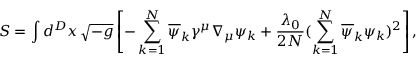
S = \int d ^ { D } x \, \sqrt { - g } \left[ - \sum _ { k = 1 } ^ { N } \overline { { { \psi } } } _ { k } \gamma ^ { \mu } \nabla _ { \mu } \psi _ { k } + \frac { \lambda _ { 0 } } { 2 N } ( \sum _ { k = 1 } ^ { N } \overline { { { \psi } } } _ { k } \psi _ { k } ) ^ { 2 } \right] ,